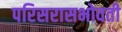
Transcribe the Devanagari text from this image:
परिसरासभोवती